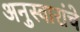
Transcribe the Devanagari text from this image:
अनुस्वारांचे